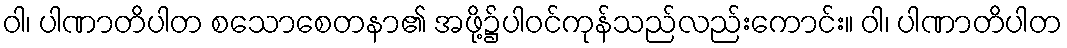
ဝါ၊ ပါဏာတိပါတ စသောစေတနာ၏ အဖို့၌ပါဝင်ကုန်သည်လည်းကောင်း။ ဝါ၊ ပါဏာတိပါတ